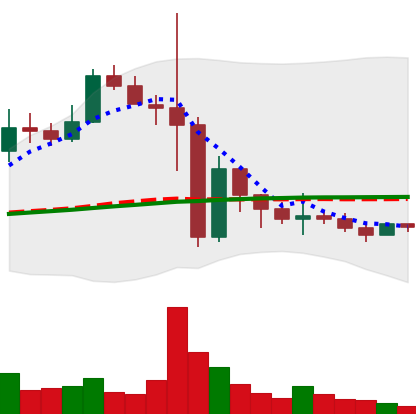
Ticker: BNB-USD
Chart end date: 2022-11-19
Forward return: 10.29%
Label: up_7plus